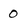
Character: 0